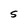
Character: S